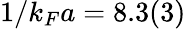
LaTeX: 1/k_{F}a=8.3(3)